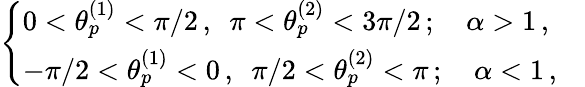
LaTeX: \begin{array}{r}{\left\{ \begin{array}{ll}{0<\theta_{p}^{(1)}<\pi/2\, ,\, \, \, \pi<\theta_{p}^{(2)}<3\pi/2\, ;\quad\alpha>1\, ,}&{}\\ {-\pi/2<\theta_{p}^{(1)}<0\, ,\, \, \, \pi/2<\theta_{p}^{(2)}<\pi\, ;\quad\alpha<1\, ,}\end{array}\right.}\end{array}